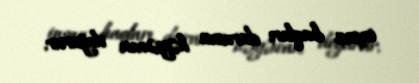
insan haqları durumu həyəcan doğurur.